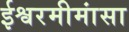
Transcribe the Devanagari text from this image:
ईश्वरमीमांसा